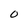
Character: 0